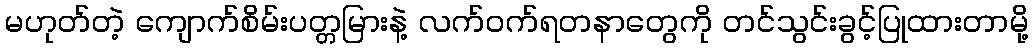
မဟုတ်တဲ့ ကျောက်စိမ်းပတ္တမြားနဲ့ လက်ဝက်ရတနာတွေကို တင်သွင်းခွင့်ပြုထားတာမို့